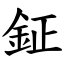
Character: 鉦